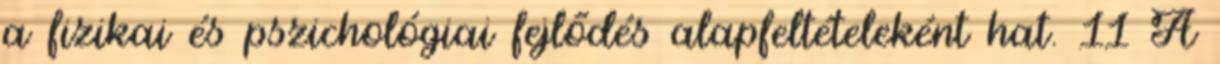
a fizikai és pszichológiai fejlődés alapfeltételeként hat. 11 A